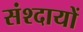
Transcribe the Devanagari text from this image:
संश्दायों